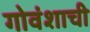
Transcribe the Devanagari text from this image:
गोवंशाची